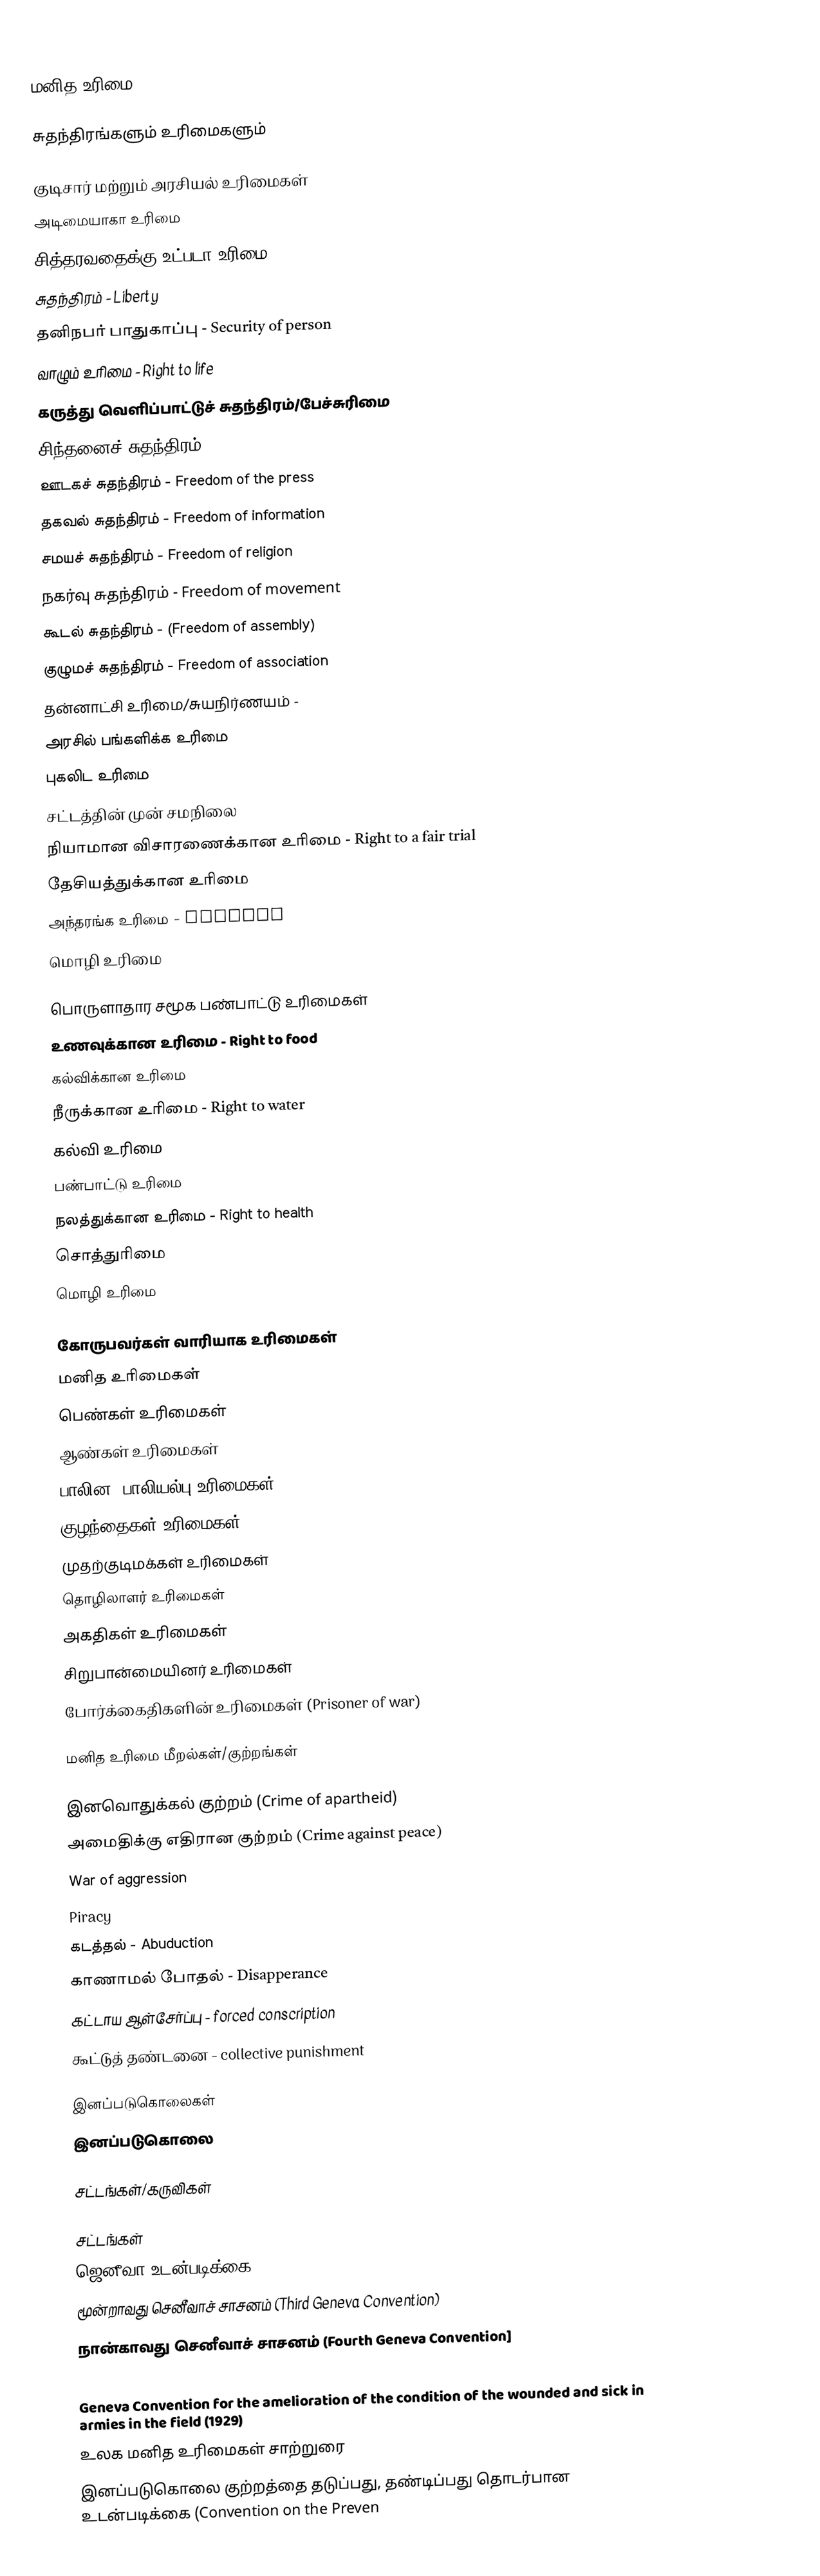
மனித உரிமை

சுதந்திரங்களும் உரிமைகளும்

குடிசார் மற்றும் அரசியல் உரிமைகள்
 அடிமையாகா உரிமை
 சித்தரவதைக்கு உட்படா உரிமை
 சுதந்திரம் - Liberty
 தனிநபர் பாதுகாப்பு - Security of person
 வாழும் உரிமை - Right to life
 கருத்து வெளிப்பாட்டுச் சுதந்திரம்/பேச்சுரிமை
 சிந்தனைச் சுதந்திரம்
 ஊடகச் சுதந்திரம் - Freedom of the press
 தகவல் சுதந்திரம் - Freedom of information
 சமயச் சுதந்திரம் - Freedom of religion
 நகர்வு சுதந்திரம் - Freedom of movement
 கூடல் சுதந்திரம் - (Freedom of assembly)
 குழுமச் சுதந்திரம் - Freedom of association
 தன்னாட்சி உரிமை/சுயநிர்ணயம் -
 அரசில் பங்களிக்க உரிமை
 புகலிட உரிமை
 சட்டத்தின் முன் சமநிலை
 நியாமான விசாரணைக்கான உரிமை - Right to a fair trial
 தேசியத்துக்கான உரிமை
 அந்தரங்க உரிமை - Privacy
 மொழி உரிமை

பொருளாதார சமூக பண்பாட்டு உரிமைகள்
 உணவுக்கான உரிமை - Right to food
 கல்விக்கான உரிமை
 நீருக்கான உரிமை - Right to water
 கல்வி உரிமை
 பண்பாட்டு உரிமை
 நலத்துக்கான உரிமை - Right to health
 சொத்துரிமை
 மொழி உரிமை

கோருபவர்கள் வாரியாக உரிமைகள்
 மனித உரிமைகள்
 பெண்கள் உரிமைகள்
 ஆண்கள் உரிமைகள்
 பாலின, பாலியல்பு உரிமைகள்
 குழந்தைகள் உரிமைகள்
 முதற்குடிமக்கள் உரிமைகள்
 தொழிலாளர் உரிமைகள்
 அகதிகள் உரிமைகள்
 சிறுபான்மையினர் உரிமைகள்
 போர்க்கைதிகளின் உரிமைகள் (Prisoner of war)

மனித உரிமை மீறல்கள்/குற்றங்கள்

 இனவொதுக்கல் குற்றம் (Crime of apartheid)
 அமைதிக்கு எதிரான குற்றம் (Crime against peace)
 War of aggression
 Piracy
 கடத்தல் - Abuduction
 காணாமல் போதல் - Disapperance
 கட்டாய ஆள்சேர்ப்பு - forced conscription
 கூட்டுத் தண்டனை - collective punishment

இனப்படுகொலைகள்
 இனப்படுகொலை

சட்டங்கள்/கருவிகள்

சட்டங்கள்
 ஜெனீவா உடன்படிக்கை
 மூன்றாவது செனீவாச் சாசனம் (Third Geneva Convention)
 நான்காவது செனீவாச் சாசனம் (Fourth Geneva Convention]
 Convention relative to the Treatment of Prisoners of War, Geneva July 27, 1929
 Geneva Convention for the amelioration of the condition of the wounded and sick in armies in the field (1929)
 உலக மனித உரிமைகள் சாற்றுரை
 இனப்படுகொலை குற்றத்தை தடுப்பது, தண்டிப்பது தொடர்பான உடன்படிக்கை (Convention on the Preven